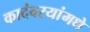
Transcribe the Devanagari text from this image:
कादंबर्‍यांमधे